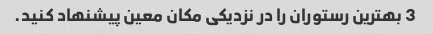
3 بهترین رستوران را در نزدیکی مکان معین پیشنهاد کنید.